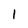
Character: 1